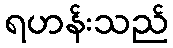
ရဟန်းသည်